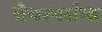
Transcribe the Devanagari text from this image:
चेयरपर्सन्स